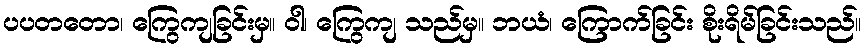
ပပတတော၊ ကြွေကျခြင်းမှ။ ဝါ၊ ကြွေကျ သည်မှ။ ဘယံ၊ ကြောက်ခြင်း စိုးရိမ်ခြင်းသည်။